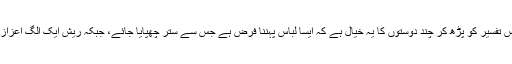
تفسیر ابن کثیر کے مطابق اللہ تعالیٰ نے لباس الگ نازل کیا اور ریش کو الگ نازل کیا، اس تفسیر کو پڑھ کر چند دوستوں کا یہ خیال ہے کہ ایسا لباس پہننا فرض ہے جس سے ستر چھپایا جائے، جبکہ ریش ایک الگ اعزازی چیز ہے جو انسان کو عطا کی گئی، لباس ضروریات زندگی ہے اور ریش زیادتی ہے۔